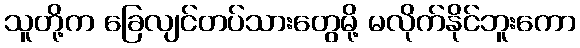
သူတို့က ခြေလျင်တပ်သားတွေမို့ မလိုက်နိုင်ဘူးကော